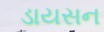
ડાયસન